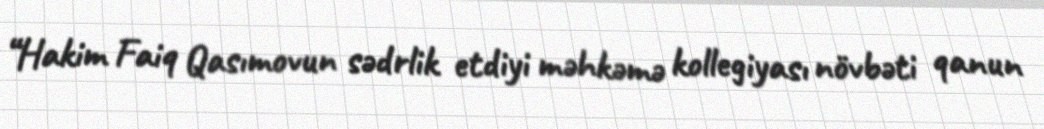
“Hakim Faiq Qasımovun sədrlik etdiyi məhkəmə kollegiyası növbəti qanun